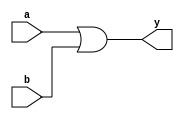
module or_gate (
    input a,
    input b,
    output y
);

assign y = a | b;

endmodule